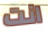
انت